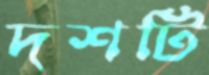
দশটি